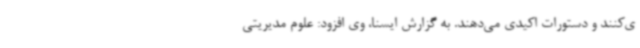
ی‌کنند و دستورات اکیدی می‌دهند. به گزارش ایسنا، وی افزود: علوم مدیریتی